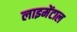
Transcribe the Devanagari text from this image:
लाइमेंटाल